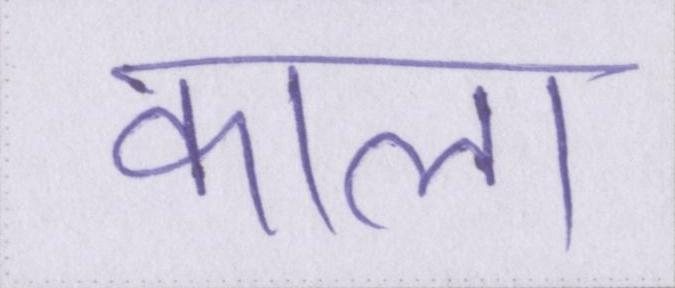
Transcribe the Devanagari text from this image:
काला